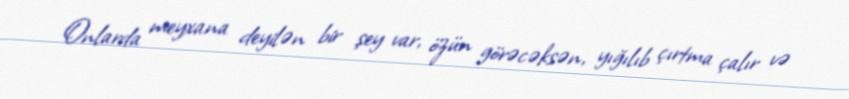
Onlarda meyxana deyilən bir şey var, özün görəcəksən, yığılıb çırtma çalır və